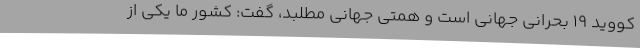
کووید 19 بحرانی جهانی است و همتی جهانی مطلبد، گفت: کشور ما یکی از